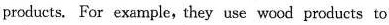
products. For example, they use wood products to